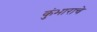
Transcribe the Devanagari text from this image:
कुंभाराचे